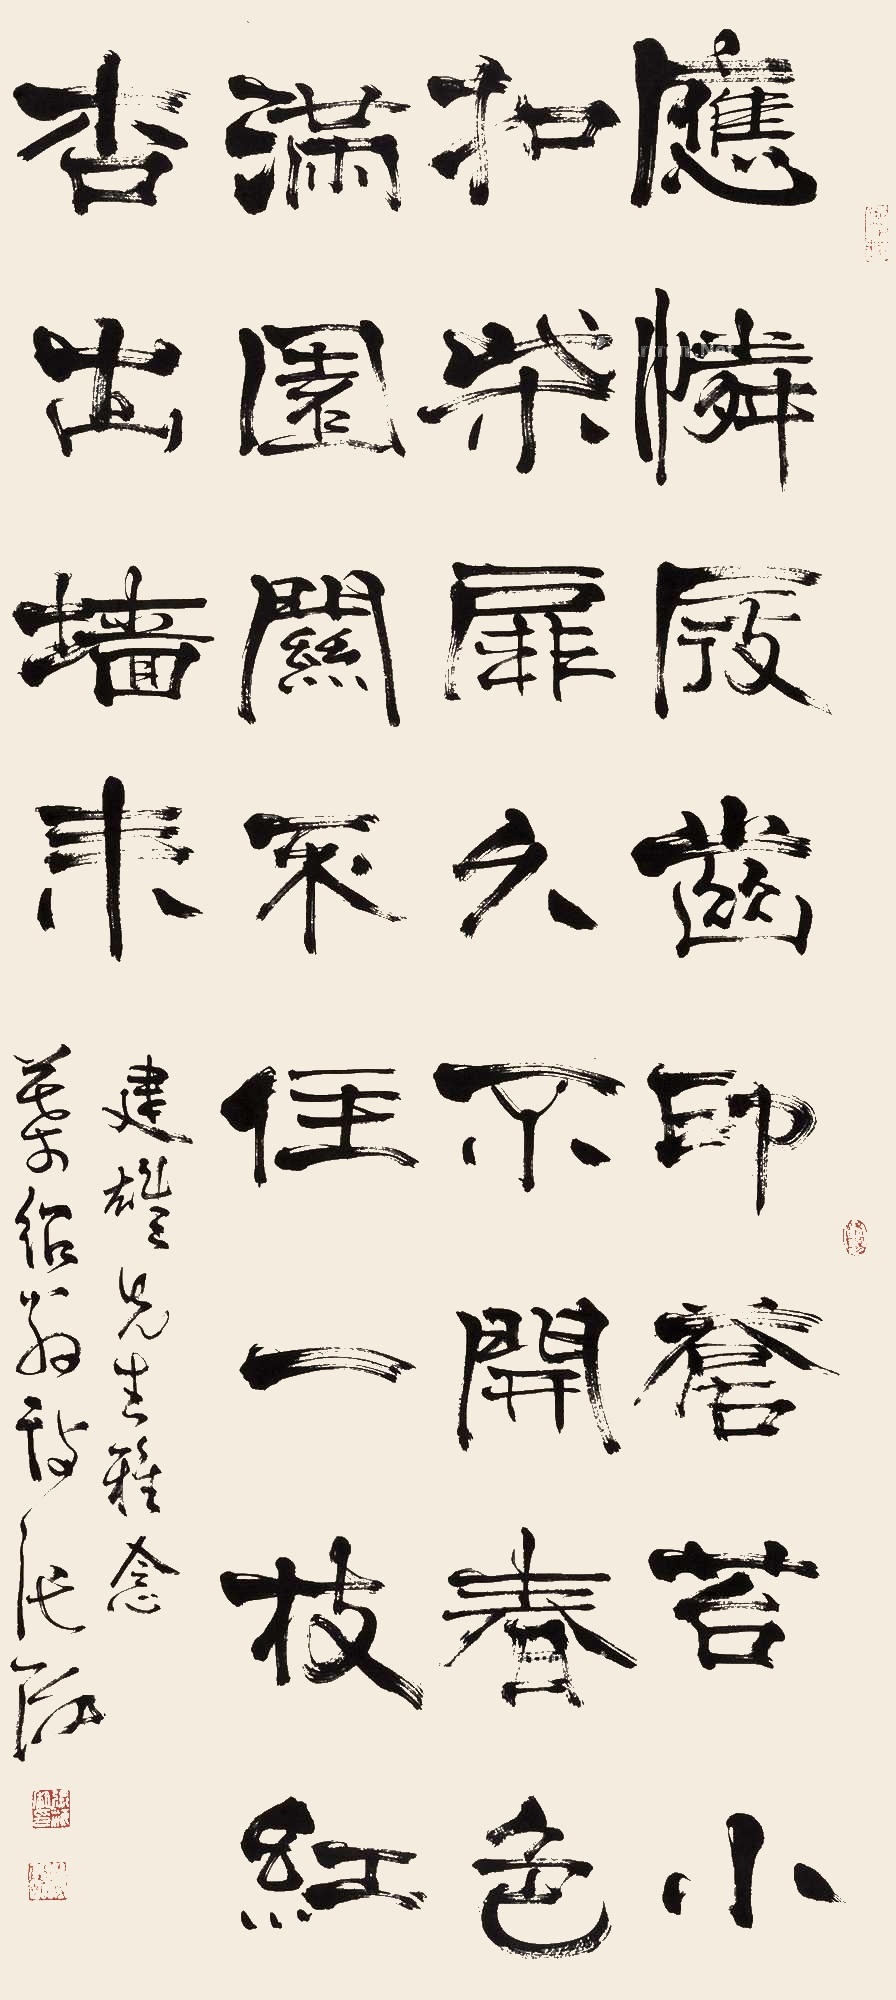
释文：应怜屐齿印苍苔，小扣柴扉久不开。春色满园关不住，一枝红杏出墙来。建雄先生雅念。叶绍翁诗，张海。